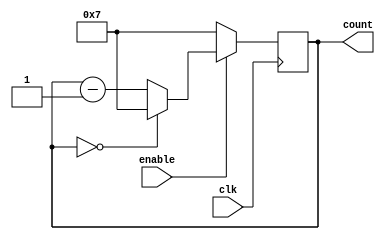
module ModuloN_Down_Counter (
    input wire clk,
    input wire enable,
    output reg [N-1:0] count
);

parameter N = 8; //Specify the modulo-N value

always @(posedge clk) begin
    if (enable) begin
        if (count == 0) begin
            count <= N-1;
        end else begin
            count <= count - 1;
        end
    end else begin
        count <= N-1;
    end
end

endmodule